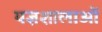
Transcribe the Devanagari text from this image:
यज्ञशालाओं